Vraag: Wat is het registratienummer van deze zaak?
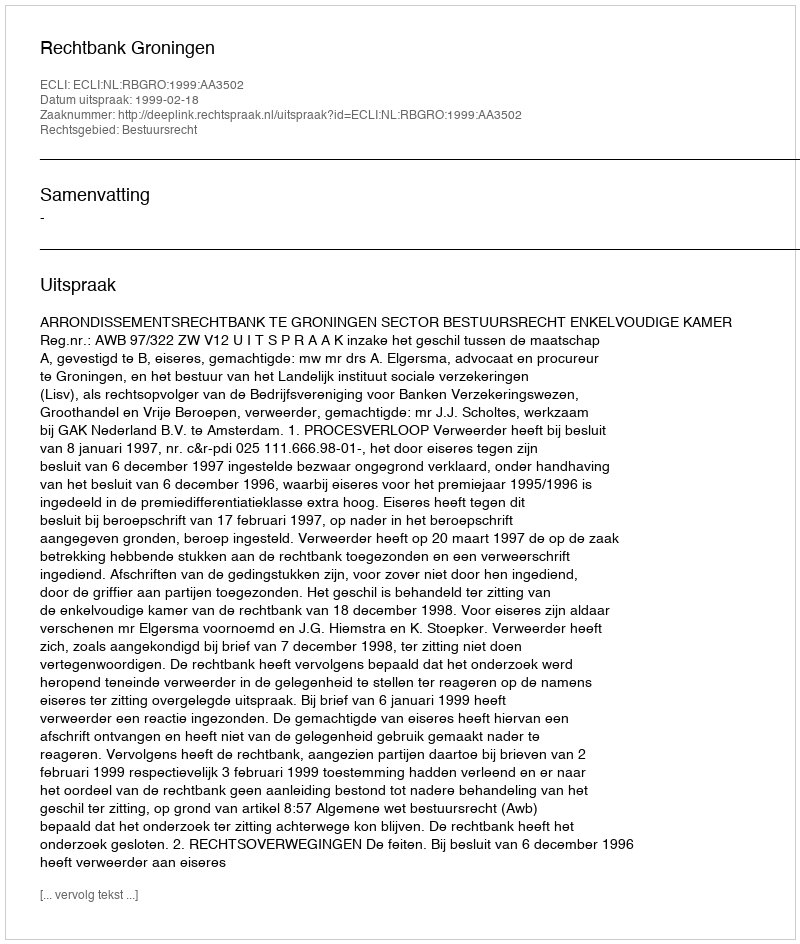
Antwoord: http://deeplink.rechtspraak.nl/uitspraak?id=ECLI:NL:RBGRO:1999:AA3502